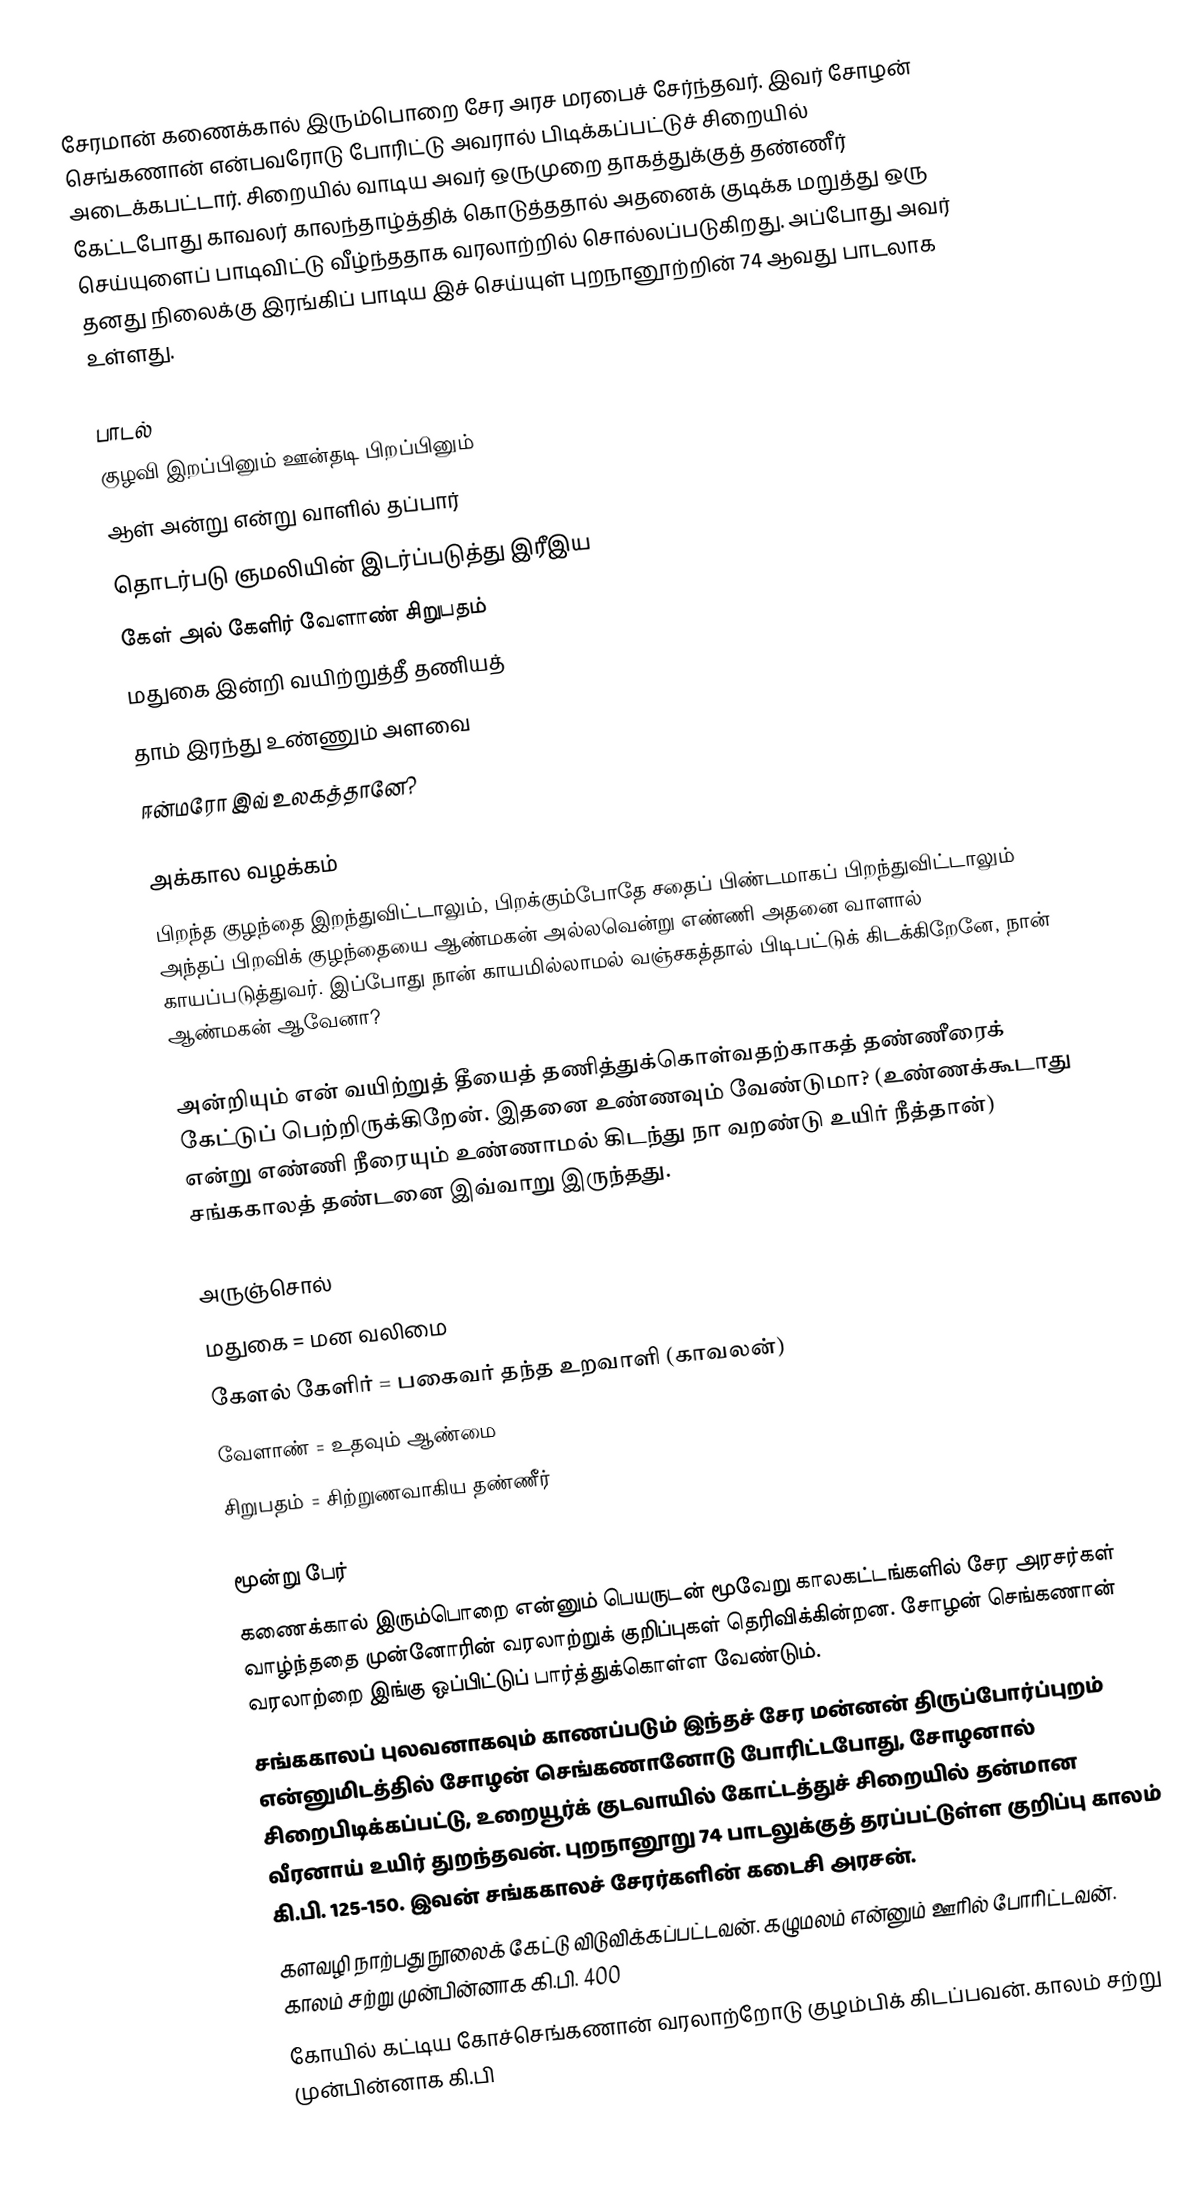
சேரமான் கணைக்கால் இரும்பொறை சேர அரச மரபைச் சேர்ந்தவர். இவர் சோழன் செங்கணான் என்பவரோடு போரிட்டு அவரால் பிடிக்கப்பட்டுச் சிறையில் அடைக்கபட்டார். சிறையில் வாடிய அவர் ஒருமுறை தாகத்துக்குத் தண்ணீர் கேட்டபோது காவலர் காலந்தாழ்த்திக் கொடுத்ததால் அதனைக் குடிக்க மறுத்து ஒரு செய்யுளைப் பாடிவிட்டு வீழ்ந்ததாக வரலாற்றில் சொல்லப்படுகிறது. அப்போது அவர் தனது நிலைக்கு இரங்கிப் பாடிய இச் செய்யுள் புறநானூற்றின் 74 ஆவது பாடலாக உள்ளது.

பாடல்
குழவி இறப்பினும் ஊன்தடி பிறப்பினும்
ஆள் அன்று என்று வாளில் தப்பார்
தொடர்படு ஞமலியின் இடர்ப்படுத்து இரீஇய
கேள் அல் கேளிர் வேளாண் சிறுபதம்
மதுகை இன்றி வயிற்றுத்தீ தணியத்
தாம் இரந்து உண்ணும் அளவை
ஈன்மரோ இவ் உலகத்தானே?

அக்கால வழக்கம்
பிறந்த குழந்தை இறந்துவிட்டாலும், பிறக்கும்போதே சதைப் பிண்டமாகப் பிறந்துவிட்டாலும் அந்தப் பிறவிக் குழந்தையை ஆண்மகன் அல்லவென்று எண்ணி அதனை வாளால் காயப்படுத்துவர். இப்போது நான் காயமில்லாமல் வஞ்சகத்தால் பிடிபட்டுக் கிடக்கிறேனே, நான் ஆண்மகன் ஆவேனா?

அன்றியும் என் வயிற்றுத் தீயைத் தணித்துக்கொள்வதற்காகத் தண்ணீரைக் கேட்டுப் பெற்றிருக்கிறேன். இதனை உண்ணவும் வேண்டுமா? (உண்ணக்கூடாது என்று எண்ணி நீரையும் உண்ணாமல் கிடந்து நா வறண்டு உயிர் நீத்தான்) சங்ககாலத் தண்டனை இவ்வாறு இருந்தது.

அருஞ்சொல்
மதுகை = மன வலிமை
கேளல் கேளிர் = பகைவர் தந்த உறவாளி (காவலன்)
வேளாண் = உதவும் ஆண்மை
சிறுபதம் = சிற்றுணவாகிய தண்ணீர்

மூன்று பேர்
கணைக்கால் இரும்பொறை என்னும் பெயருடன் மூவேறு காலகட்டங்களில் சேர அரசர்கள் வாழ்ந்ததை முன்னோரின் வரலாற்றுக் குறிப்புகள் தெரிவிக்கின்றன. சோழன் செங்கணான் வரலாற்றை இங்கு ஒப்பிட்டுப் பார்த்துக்கொள்ள வேண்டும்.
சங்ககாலப் புலவனாகவும் காணப்படும் இந்தச் சேர மன்னன் திருப்போர்ப்புறம் என்னுமிடத்தில் சோழன் செங்கணானோடு போரிட்டபோது, சோழனால் சிறைபிடிக்கப்பட்டு, உறையூர்க் குடவாயில் கோட்டத்துச் சிறையில் தன்மான வீரனாய் உயிர் துறந்தவன். புறநானூறு 74 பாடலுக்குத் தரப்பட்டுள்ள குறிப்பு காலம் கி.பி. 125-150. இவன் சங்ககாலச் சேரர்களின் கடைசி அரசன்.
 களவழி நாற்பது நூலைக் கேட்டு விடுவிக்கப்பட்டவன். கழுமலம் என்னும் ஊரில் போரிட்டவன். காலம் சற்று முன்பின்னாக கி.பி. 400
 கோயில் கட்டிய கோச்செங்கணான் வரலாற்றோடு குழம்பிக் கிடப்பவன். காலம் சற்று முன்பின்னாக கி.பி